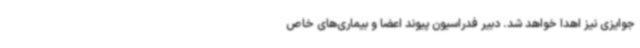
جوایزی نیز اهدا خواهد شد. دبیر فدراسیون پیوند اعضا و بیماری‌های خاص